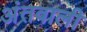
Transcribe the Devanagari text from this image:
अंतवाली